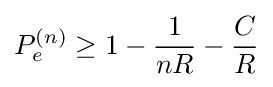
P_{e}^{(n)}\geq 1-{\frac {1}{nR}}-{\frac {C}{R}}